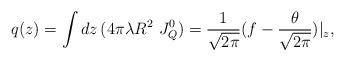
LaTeX: \begin{align*}q(z)=\int dz\, (4\pi\lambda R^2\ J^{0}_{Q})=\frac{1}{\sqrt{2\pi}}(f-\frac{\theta}{\sqrt{2\pi}})|_{z},\end{align*}